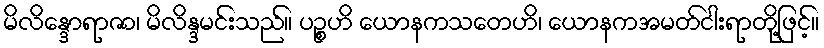
မိလိန္ဒောရာဇာ၊ မိလိန္ဒမင်းသည်။ ပဉ္စဟိ ယောနကသတေဟိ၊ ယောနကအမတ်ငါးရာတို့ဖြင့်။